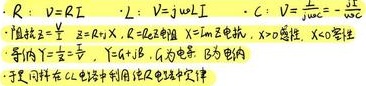
\[
\begin{align*}
&R:\ V = IR\quad L:\ V = j\omega L\quad C:\ V=\frac{1}{j\omega C}=\frac{-j}{\omega C}\\
&阻抗Z=\frac{V}{I},\ Z = R + jX,\ R为电阻,\ X = X_L - X_C,\ X_L为电感抗,\ X_C为电容抗,\ X>0感性,\ X<0容性\\
&导纳Y=\frac{1}{Z}=\frac{1}{R + jX},\ Y = G + jB,\ G为电导,\ B为电纳
\end{align*}
\]